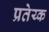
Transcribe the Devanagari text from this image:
प्रतेय्क